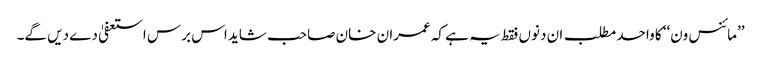
’’مائنس ون‘‘ کا واحد مطلب ان دنوں فقط یہ ہے کہ عمران خان صاحب شاید اس برس استعفیٰ دے دیں گے۔